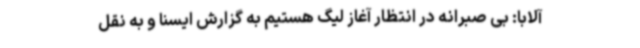
آلابا: بی صبرانه در انتظار آغاز لیگ هستیم به گزارش ایسنا و به نقل